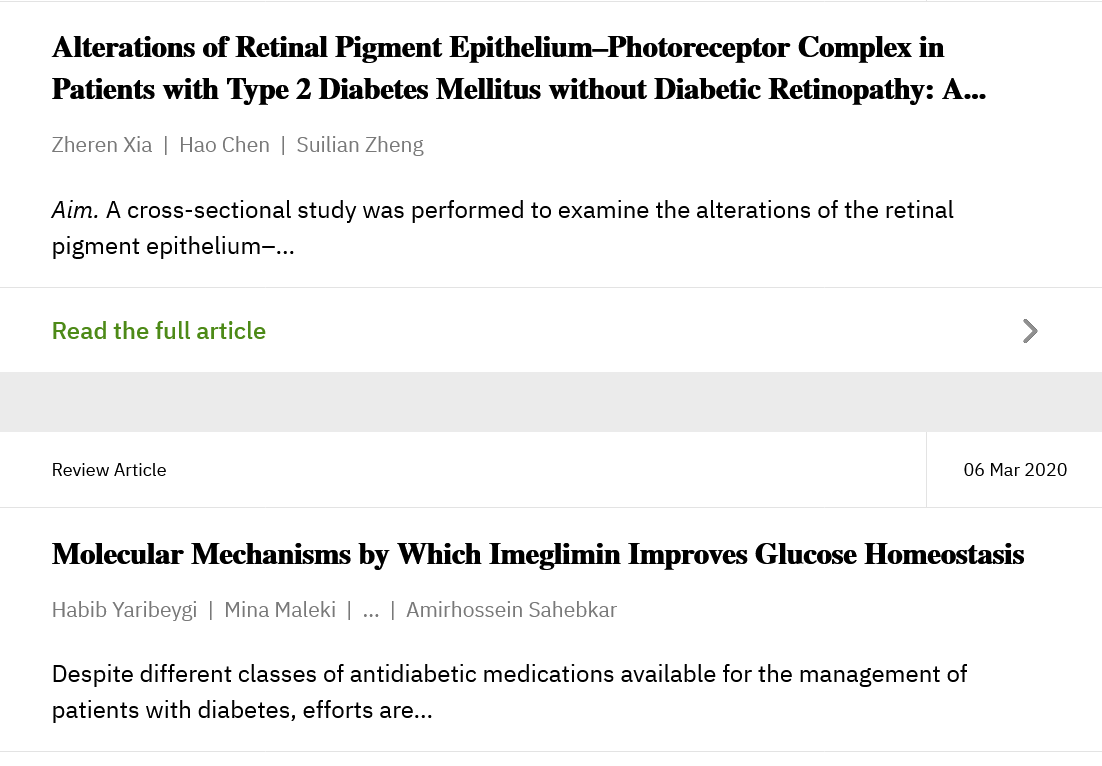
Alterations of Retinal Pigment  Epithelium—Photoreceptor    Complex   in
     Patients with Type  2 Diabetes Mellitus  without Diabetic  Retinopathy: A...
     Molecular  Mechanisms    by Which   Imeglimin  Improves   Glucose  Homeostasis
     Despite different classes of antidiabetic medications available for the management of
     patients with diabetes, efforts are...
     Aim. A cross-sectional study was performed to examine the alterations of the retinal
     pigment epithelium-...
     Zheren Xia | Hao Chen | Suilian Zheng
     Habib Yaribeygi | Mina Maleki |
     ...
     | Amirhossein Sahebkar